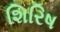
શિરિષ